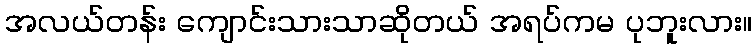
အလယ်တန်း ကျောင်းသားသာဆိုတယ် အရပ်ကမ ပုဘူးလား။